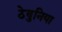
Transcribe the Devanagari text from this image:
ठेवुनिया